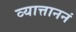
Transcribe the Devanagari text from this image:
व्यात्ताननं